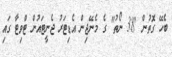
ބެހޭ ގޮތުން "38 ނޯތު" ގެ މެނޭޖިން އެޑިޓަރު ޖެނީޓައުން ޓްވިޓާ ގައި